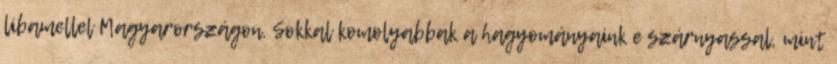
libamellel Magyarországon. Sokkal komolyabbak a hagyományaink e szárnyassal, mint